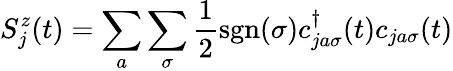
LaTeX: S_{j}^{z}(t)=\sum_{a}\sum_{\sigma}\frac{1}{2}\textrm{sgn}(\sigma)c_{ja\sigma}^{\dagger}(t)c_{ja\sigma}(t)